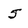
Character: 5